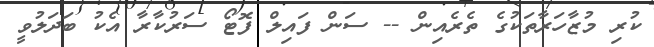
ކުރި މުޒާހަރާތަކުގެ ތެރެއިން -- ސަން ފައިލް ފޮޓޯ ސަރުކާރާ އެކު ބަދަލުވީ